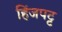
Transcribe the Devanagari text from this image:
हिंजपट्ट